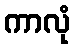
ကာလုံ